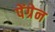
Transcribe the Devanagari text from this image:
पेंग्रेन